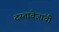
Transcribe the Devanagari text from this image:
दस्तावेजांची